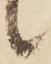
候